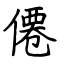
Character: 僊